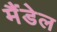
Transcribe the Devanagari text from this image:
मैंडेल